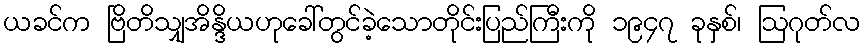
ယခင်က ဗြိတိသျှအိန္ဒိယဟုခေါ်တွင်ခဲ့သောတိုင်းပြည်ကြီးကို ၁၉၄၇ ခုနှစ်၊ ဩဂုတ်လ